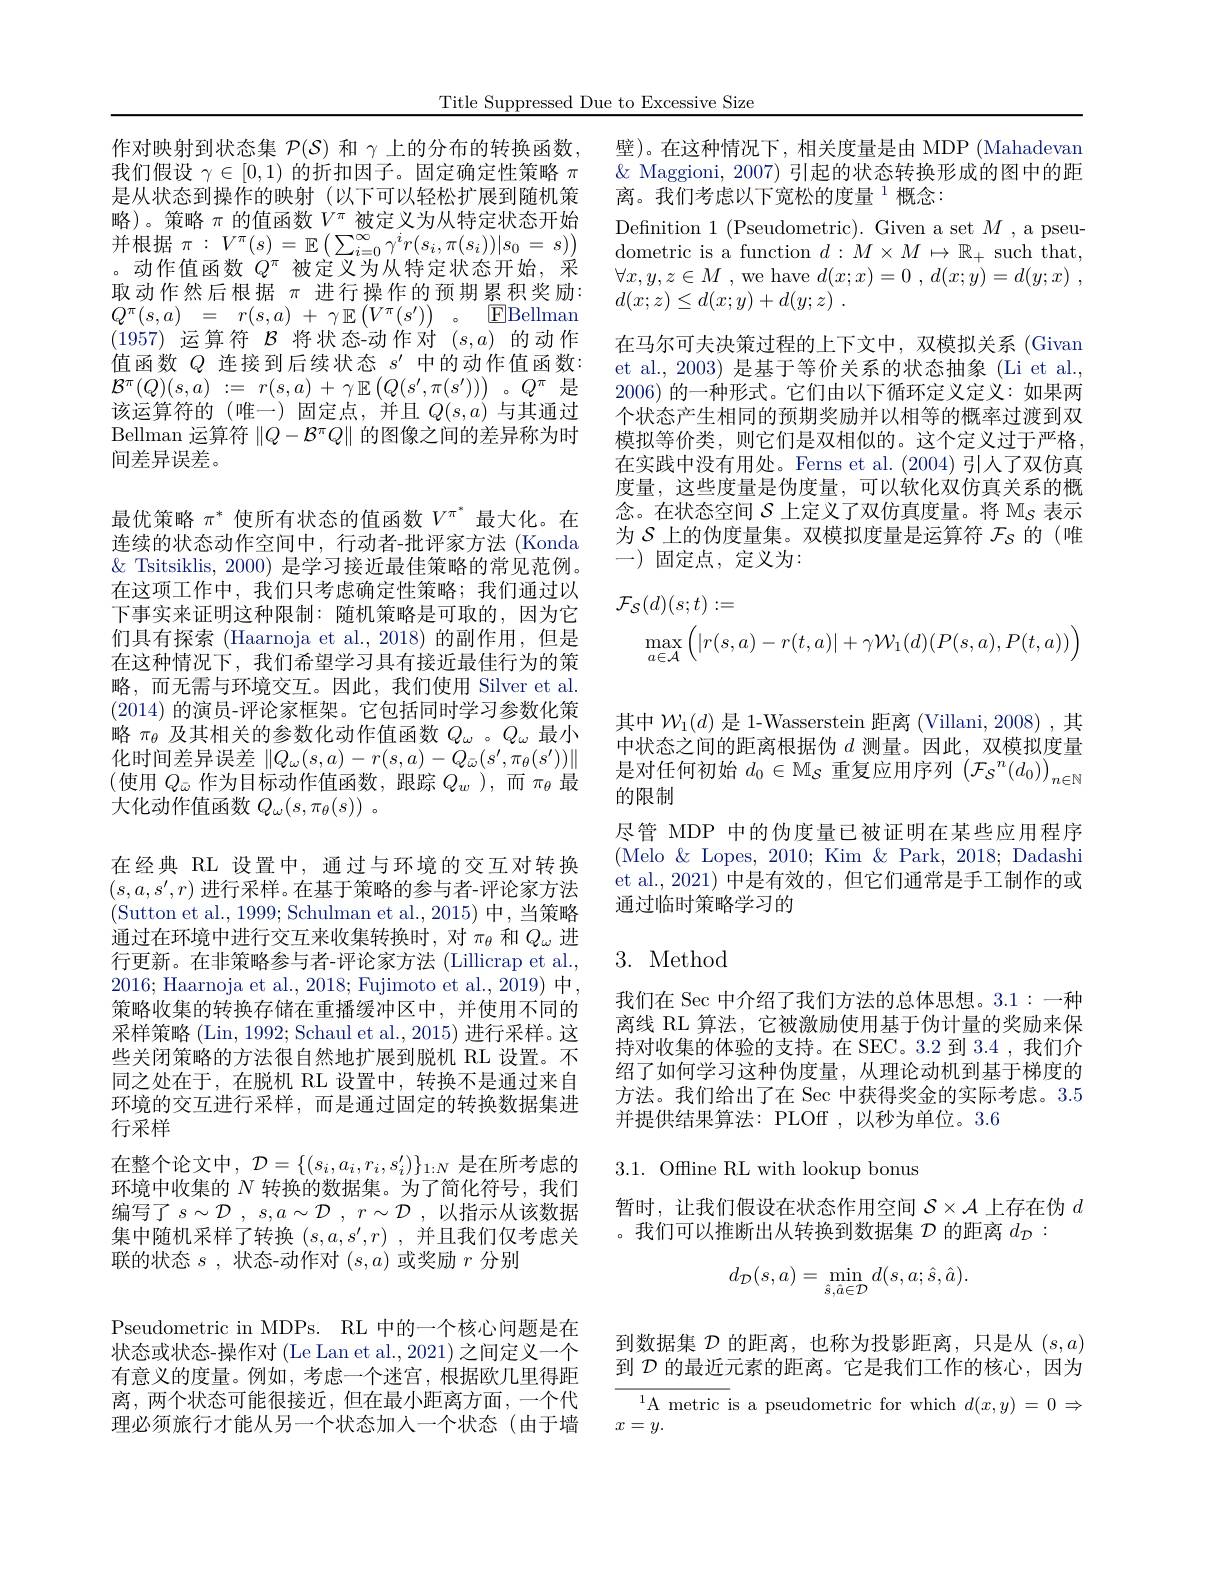
Title Suppressed Due to Excessive Size

作对映射到状态集$\mathcal{P}(S)$和$\gamma$上的分布的转换函数，壁)。在这种情况下，相关度量是由 MDP (Mahadevan 我们假设$\gamma\in[0,1)$的折扣因子。固定确定性策略$\pi$ $\&$ Maggioni, 2007) 引起的状态转换形成的图中的距
离。我们考虑以下宽松的度量$^{1}$概念：
Defnition 1 (Pseudometric). Given a set $M$ ,a pseudometric is a function $d:M\times M\mapsto\mathbb{R}_+$ such that, $\forall x, y, z\in M$ ,we have $d( x; x) = 0$ , $d( x; y) = d( y; x)$ , $d( x; z) \leq d( x; y) + d( y; z)$ .
在马尔可夫决策过程的上下文中，双模拟关系 (Givan et al., 2003) 是基于等价关系的状态抽象 (Li et al., 2006)的一种形式。它们由以下循环定义定义：如果两个状态产生相同的预期奖励并以相等的概率过渡到双模拟等价类，则它们是双相似的。这个定义过于严格， 在实践中没有用处。Ferns et al.(2004)引人了双仿真度量，这些度量是伪度量，可以软化双仿真关系的概念。在状态空间$\mathcal{S}$上定义了双仿真度量。将$\mathcal{M}_S$表示为$\mathcal{S}$上的伪度量集。双模拟度量是运算符$\mathcal{F}_s$的 (唯-)固定点，定义为：
$$\begin{aligned}\mathcal{F}_{\mathcal{S}}(d)(s;t)&:=\\&\max_{a\in\mathcal{A}}\left(|r(s,a)-r(t,a)|+\gamma\mathcal{W}_{1}(d)(P(s,a),P(t,a))\right)\end{aligned}$$
其中$\mathcal{W}_1(d)$是 1-Wasserstein 距离 (Villani, 2008) ,其

中状态之间的距离根据伪$d$测量。因此，双模拟度量

是从状态到操作的映射(以下可以轻松扩展到随机策略)。策略$\pi$的值函数$V^\mathrm{\pi}$被定义为从特定状态开始。动作值函数$Q^\pi$被定义为从特定状态开始，采取动作然后根据$\pi$进行操作的预期累积奖励： $Q^{\pi }( s, a)$ = $r( s, a)$ + $\gamma$ $\mathbb{E} \left ( V^{\pi }( s^{\prime }) \right )$ 。$\mathbb{E}$Bellman (1957)运算符$\mathcal{B}$将状态-动作对$(s,a)$的动作值函数$Q$连接到后续状态$s^\prime$中的动作值函数： $\mathcal{B} ^{\pi }( Q) ( s, a)$ := $r( s, a)$ + $\gamma$ $\mathbb{E} \left ( Q( s^{\prime }, \pi ( s^{\prime }) ) \right )$ $。Q^{\pi }$ 是该运算符的(唯一)固定点，并且$Q(s,a)$ 与其通过Bellman 运算符$\|Q-\mathcal{B}^\pi Q\|$的图像之间的差异称为时间差异误差。
最优策略$\pi^*$使所有状态的值函数$V^{\pi^*}$最大化。在连续的状态动作空间中，行动者-批评家方法(Konda $\&$ Tsitsiklis, 2000) 是学习接近最佳策略的常见范例。在这项工作中，我们只考虑确定性策略；我们通过以下事实来证明这种限制：随机策略是可取的，因为它们具有探索(Haarnoja et al.,2018)的副作用，但是在这种情况下，我们希望学习具有接近最佳行为的策略，而无需与环境交互。因此，我们使用 Silver et al. (2014)的演员-评论家框架。它包括同时学习参数化策略$\pi_\mathrm{\theta}$及其相关的参数化动作值函数$Q_\mathrm{\omega}$ 。$Q_\mathrm{\omega}$最小$\begin{array}{cc}\text{化时间差异误差 }\|Q_\omega(s,a)-r(s,a)-Q_{\bar{\omega}}(s^{\prime},\pi_\theta(s^{\prime}))\|&\text{中伙恋之间的距离根据伪}u\text{ 侧里。囚此，双陕拟复里}\\(\text{使用 }Q_{\bar{\omega}}\text{ 作为目标动作值函数，跟踪 }Q_w),\text{ 而 }\pi_\theta\text{ 最}&\text{ 是对任何初始 }d_0\in\mathbb{M}_S\text{ 重复应用序列 }\left(\mathcal{F}_S^n(d_0)\right)_{n\in\mathbb{N}}\end{array}$
(使用$Q_\bar{\omega}$作为目标动作值函数，跟踪$Q_w$ ),而$\pi_\theta$最
大化动作值函数$Q_\omega(s,\pi_\theta(s))$ 。
在经典 RL 设置中，通过与环境的交互对转换$(s,a,s',r)$进行采样。在基于策略的参与者-评论家方法(Sutton et al., 1999; Schulman et al., 2015) 中，当策略通过在环境中进行交互来收集转换时，对$\pi_{\theta}$和$Q_{\omega}$进行更新。在非策略参与者-评论家方法 (Lillicrap et al., 2016; Haarnoja et al., 2018; Fujimoto et al., 2019) 中， 策略收集的转换存储在重播缓冲区中，并使用不同的采样策略 (Lin, 1992; Schaul et al., 2015) 进行采样。这些关闭策略的方法很自然地扩展到脱机 RL 设置。不同之处在于，在脱机 RL 设置中，转换不是通过来自环境的交互进行采样，而是通过固定的转换数据集进行采样
在整个论文中，$\mathcal{D}=\{(s_i,a_i,r_i,s_i^{\prime})\}_{1:N}$是在所考虑的环境中收集的$N$转换的数据集。为了简化符号，我们编写了$s\sim \mathcal{D}$ , $s, a\sim \mathcal{D}$ , $r\sim \mathcal{D}$ ,以指示从该数据集中随机采样了转换$(s,a,s^\prime,r)$ ,并且我们仅考虑关联的状态$s$ ,状态-动作对$(s,a)$或奖励$r$分别
Pseudometric in MDPs. RL 中的一个核心问题是在状态或状态-操作对 (Le Lan et al., 2021) 之间定义一个有意义的度量。例如，考虑一个迷宫，根据欧几里得距离，两个状态可能很接近，但在最小距离方面，一个代理必须旅行才能从另一个状态加入一个状态(由于墙

的限制

尽管 MDP 中的伪度量已被证明在某些应用程序

(Melo &Lopes, 2010; Kim & Park, 2018; Dadashi

et al., 2021) 中是有效的，但它们通常是手工制作的或

通过临时策略学习的

## 3. Method

我们在 Sec 中介绍了我们方法的总体思想。3.1:一种离线 RL 算法，它被激励使用基于伪计量的奖励来保持对收集的体验的支持。在 SEC。3.2 到 3.4 ,我们介绍了如何学习这种伪度量，从理论动机到基于梯度的方法。我们给出了在 Sec 中获得奖金的实际考虑。3.5并提供结果算法：PLOf ,以秒为单位。3.6

# 3.1. Offline RL with lookup bonus

暂时，让我们假设在状态作用空间$\mathcal{S}\times\mathcal{A}$上存在伪$d$
。我们可以推断出从转换到数据集$\mathcal{D}$的距离$d_\mathcal{D}:$
$$d_{\mathcal{D}}(s,a)=\min_{\hat{s},\hat{a}\in\mathcal{D}}d(s,a;\hat{s},\hat{a}).$$
到数据集$\mathcal{D}$的距离，也称为投影距离，只是从$(s,a)$ 到$\mathcal{D}$的最近元素的距离。它是我们工作的核心，因为

$^{1}$A metric is a pseudometric for which $d(x,y)=0\Rightarrow$
$x=y.$